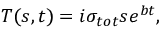
T ( s , t ) = i \sigma _ { t o t } s e ^ { b t } ,